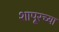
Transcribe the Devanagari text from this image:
शापूरच्या